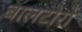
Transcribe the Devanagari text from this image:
बालटोरो